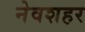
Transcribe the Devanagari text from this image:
नेवशहर